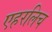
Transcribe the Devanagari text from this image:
एहरलिच